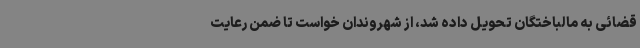
قضائی به مالباختگان تحویل داده شد، از شهروندان خواست تا ضمن رعایت